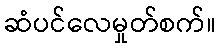
ဆံပင်လေမှုတ်စက်။